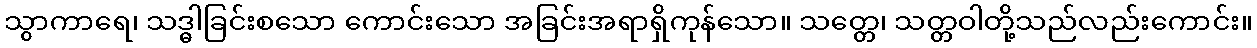
သွာကာရေ၊ သဒ္ဓါခြင်းစသော ကောင်းသော အခြင်းအရာရှိကုန်သော။ သတ္တေ၊ သတ္တဝါတို့သည်လည်းကောင်း။